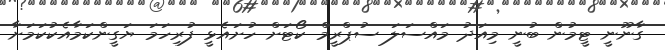
ގާނޫނީ ޓީމުން ބުނީ މިއަދު މައްސަލަ ސުޕްރީމް ކޯޓަށް ހުށައެޅީ ފުރިހަމަ ޔަގީންކަމާއެކުކަމަށާ